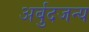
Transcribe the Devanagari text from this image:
अर्बुदजन्य